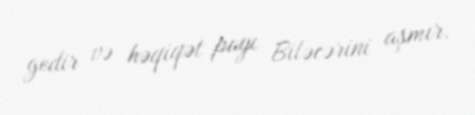
gedir və həqiqət payı Biləcərini aşmır.